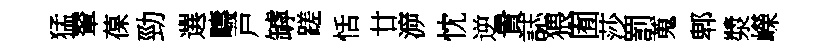
猛輦葆勁選疇戸罅蹉恬廿㴑忱逆貴誌猥囿莎罰蒐郫漿嶸